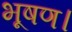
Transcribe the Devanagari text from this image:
भूषण।